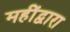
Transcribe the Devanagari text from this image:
महींद्वारा